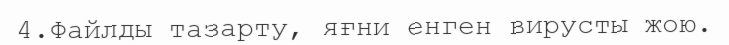
4.Файлды тазарту, яғни енген вирусты жою.